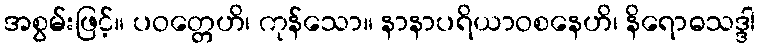
အစွမ်းဖြင့်။ ပဝတ္တေဟိ၊ ကုန်သော။ နာနာပရိယာဝစနေဟိ၊ နိရောဓသဒ္ဒါ